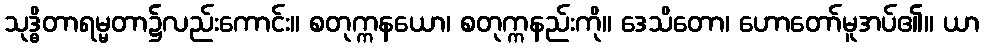
သုဒ္ဓိတာရမ္မတာ၌လည်းကောင်း။ စတုက္ကနယော၊ စတုက္ကနည်းကို။ ဒေသိတော၊ ဟောတော်မူအပ်၏။ ယာ